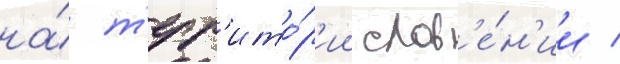
на́ т'ерр'ито́р'ии слов'е́н'ии /